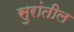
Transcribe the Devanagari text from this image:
सुरांतील